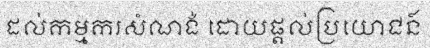
ដល់កម្មករសំណង់ ដោយផ្តល់ប្រយោជន៍